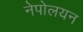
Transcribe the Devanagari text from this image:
नेपोलयन